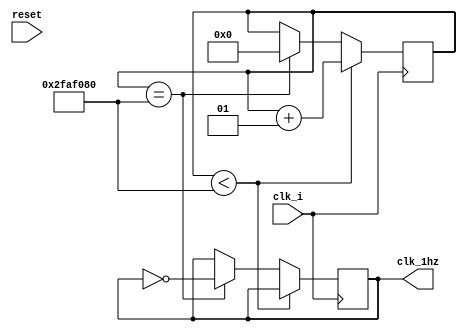
module clock_divider1(clk_i,reset,clk_1hz);

input clk_i,reset; 
output reg clk_1hz;
integer divisor;

initial begin
divisor = 0;
clk_1hz =0;
end

always @(posedge clk_i)
    begin
        if (divisor < (5*10**7)) begin
            divisor <= divisor + 1;
        end else if(divisor == (5*10**7)) begin
            divisor <= 0;
            clk_1hz = ~clk_1hz;
            end
        end
endmodule